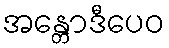
အန္တောဒီပေဝ